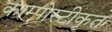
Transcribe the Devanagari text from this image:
काम्पोस्टीकृत